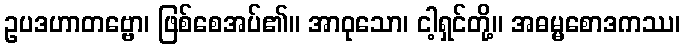
ဥပဒဟာတဗ္ဗော၊ ဖြစ်စေအပ်၏။ အာဝုသော၊ ငါ့ရှင်တို့။ အဓမ္မစောဒကဿ၊